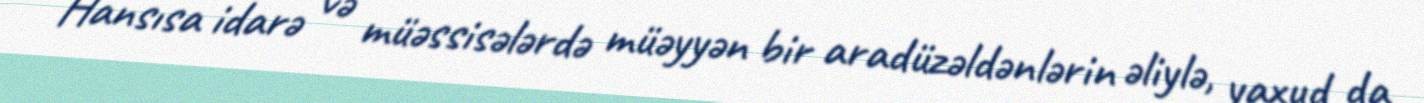
Hansısa idarə və müəssisələrdə müəyyən bir aradüzəldənlərin əliylə, yaxud da